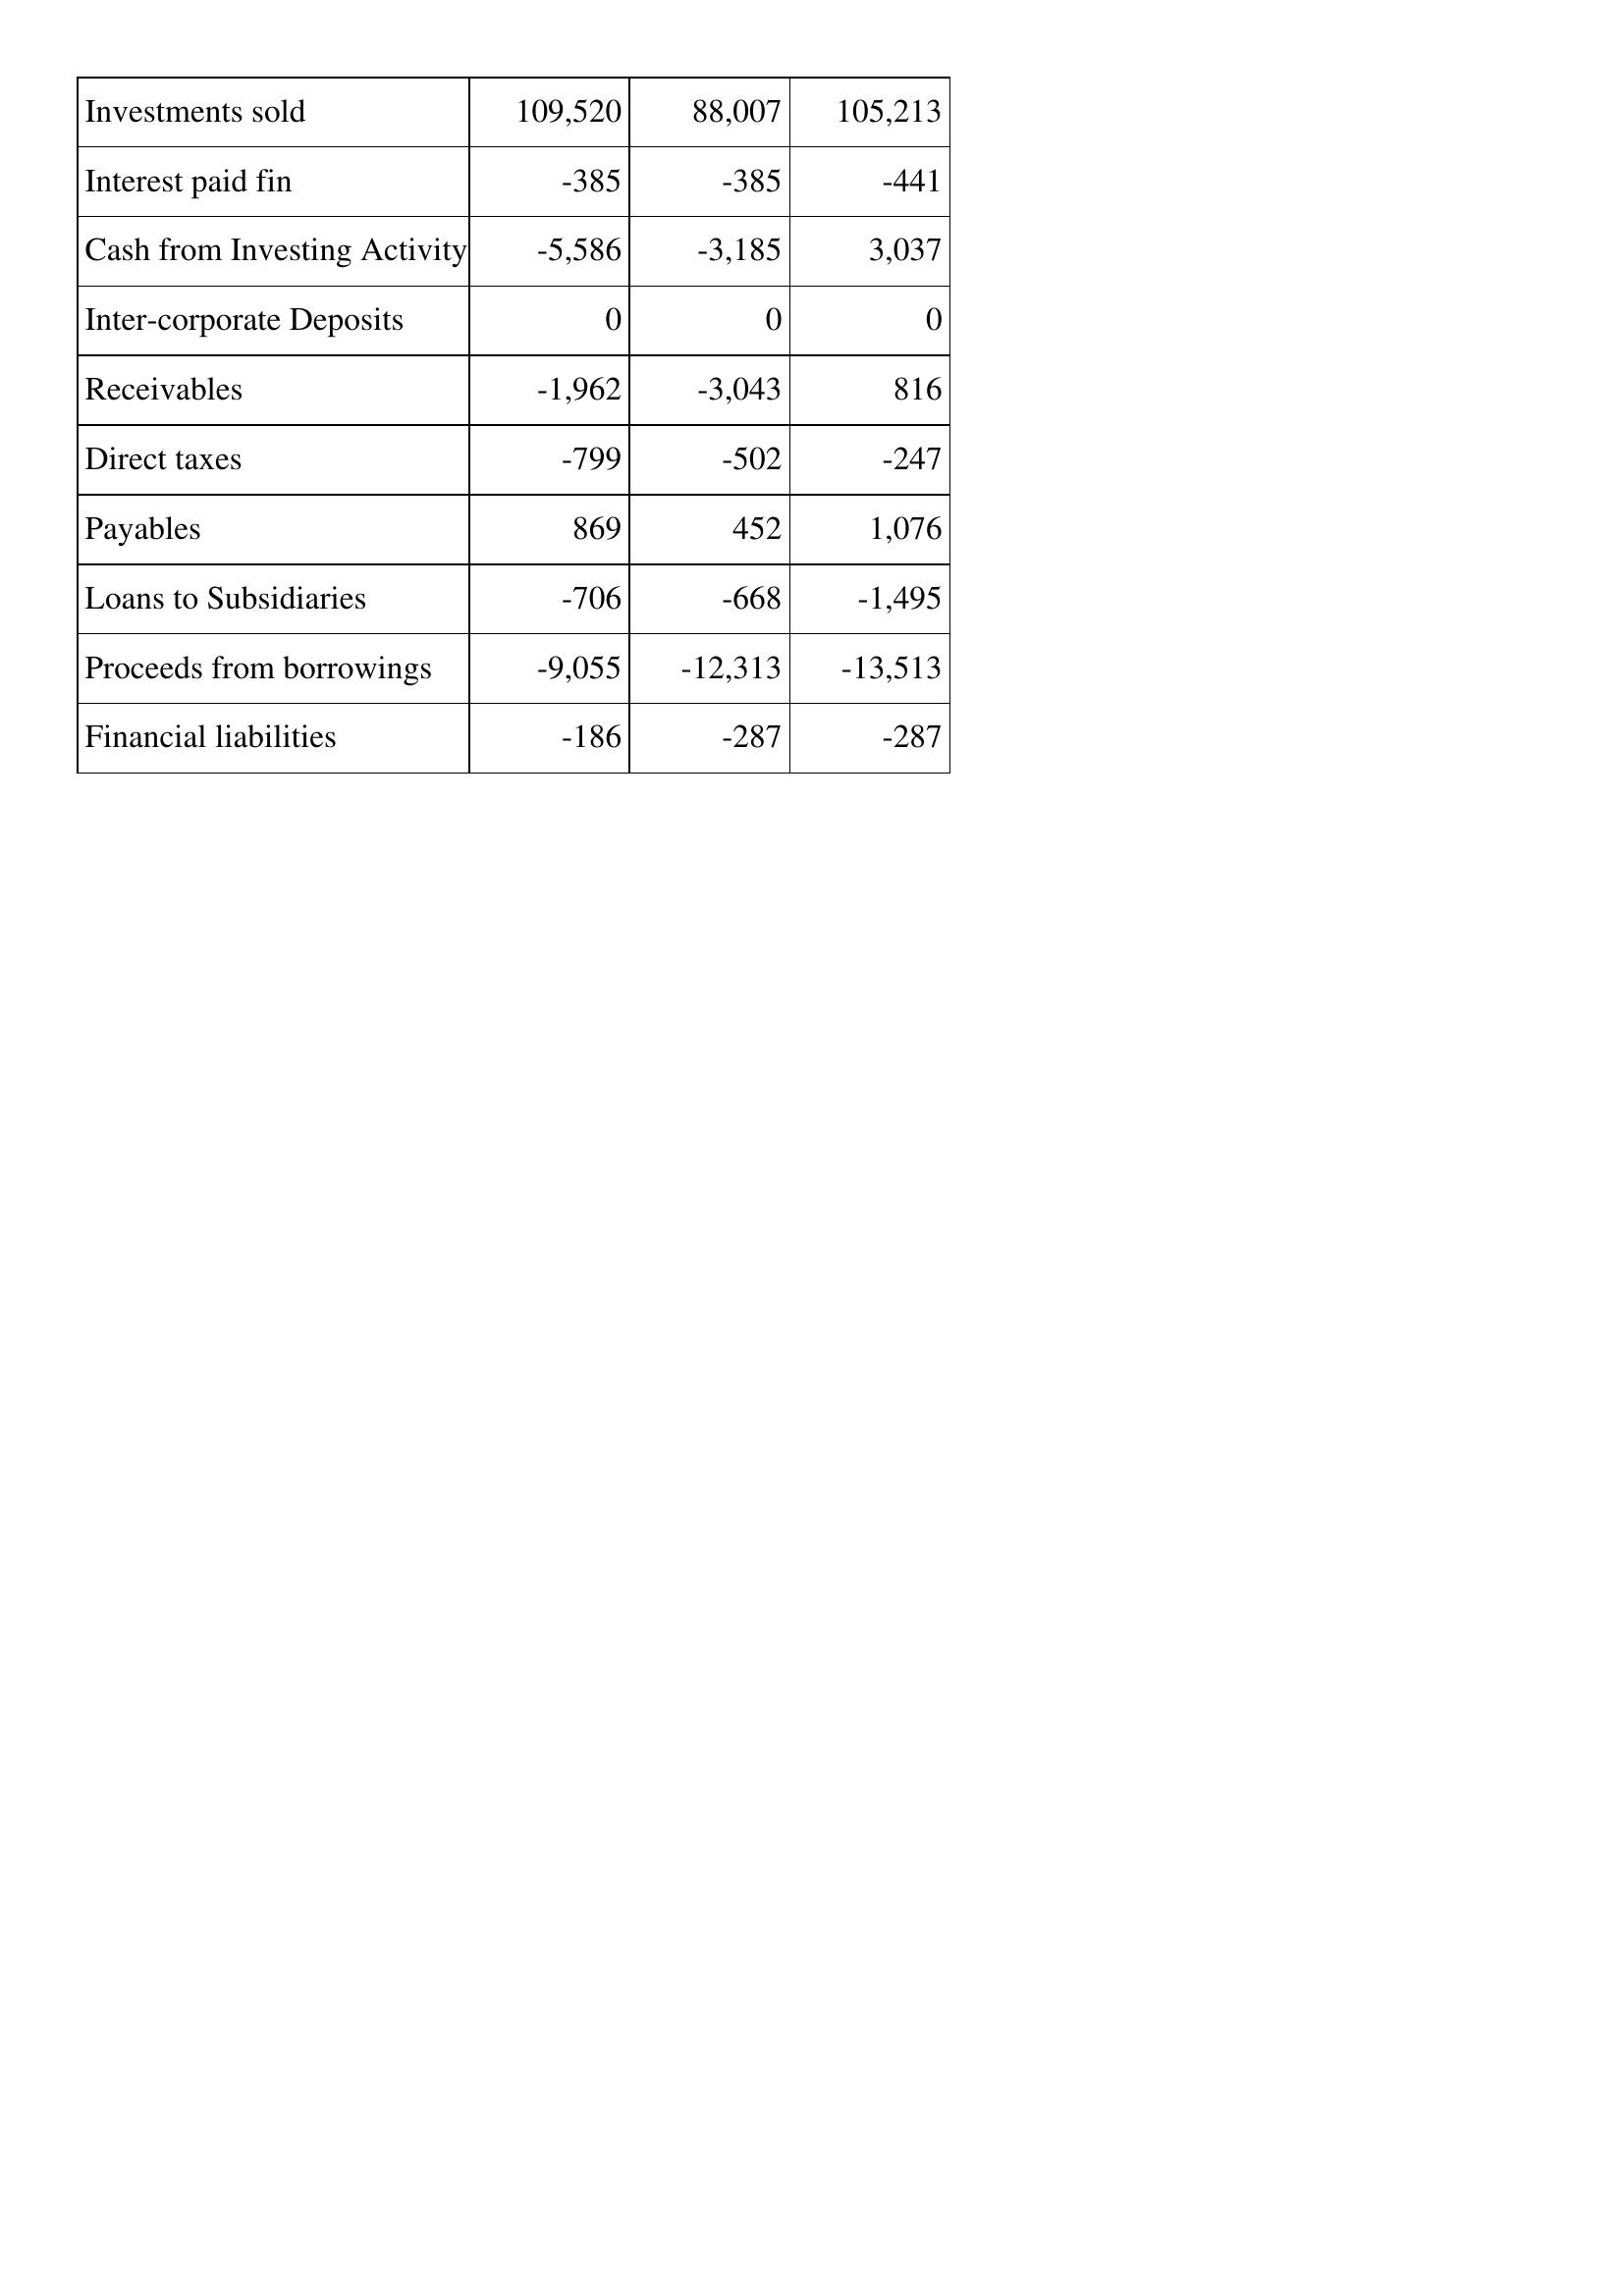
Apr-98: Cash Flows: Investments sold: 109,520
Interest paid fin: -385
Cash from Investing Activity: -5,586
Inter-corporate Deposits: 0
Receivables: -1,962
Direct taxes: -799
Payables: 869
Loans to Subsidiaries: -706
Proceeds from borrowings: -9,055
Financial liabilities: -186
Apr-97: Cash Flows: Investments sold: 88,007
Interest paid fin: -385
Cash from Investing Activity: -3,185
Inter-corporate Deposits: 0
Receivables: -3,043
Direct taxes: -502
Payables: 452
Loans to Subsidiaries: -668
Proceeds from borrowings: -12,313
Financial liabilities: -287
Apr-96: Cash Flows: Investments sold: 105,213
Interest paid fin: -441
Cash from Investing Activity: 3,037
Inter-corporate Deposits: 0
Receivables: 816
Direct taxes: -247
Payables: 1,076
Loans to Subsidiaries: -1,495
Proceeds from borrowings: -13,513
Financial liabilities: -287